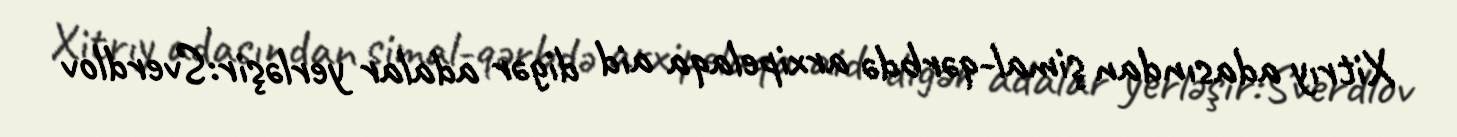
Xitrıy adasından şimal-qərbdə arxipelaqa aid digər adalar yerləşir:Sverdlov